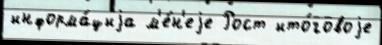
информа́циjа м'е́н'еjе Рост ито́говоjе